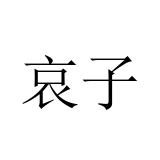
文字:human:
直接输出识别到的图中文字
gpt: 哀子